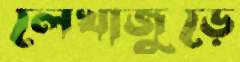
লেখাজুড়ে